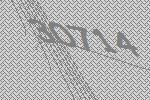
30714